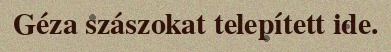
Géza szászokat telepített ide.